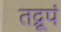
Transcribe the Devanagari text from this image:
तद्रूपं